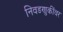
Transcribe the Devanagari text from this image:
निवडणुकींवर